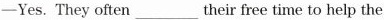
-Yes. They often___their free time to help the